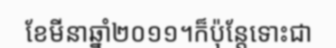
ខែមីនាឆ្នាំ២០១១។ក៏ប៉ុន្តែទោះជា